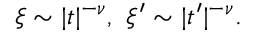
\xi \sim | t | ^ { - \nu } , \ \xi ^ { \prime } \sim | t ^ { \prime } | ^ { - \nu } .